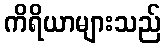
ကိရိယာများသည်